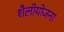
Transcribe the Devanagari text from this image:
शैलीयोजना